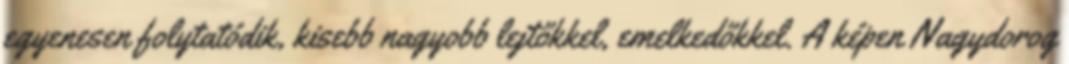
egyenesen folytatódik, kisebb nagyobb lejtőkkel, emelkedőkkel. A képen Nagydorog